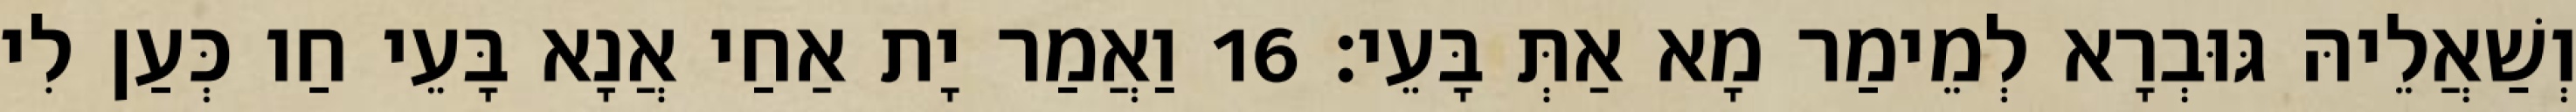
וְשַׁאֲלֵיהּ גּוּבְרָא לְמֵימַר מָא אַתְּ בָּעֵי׃ 16 וַאֲמַר יָת אַחַי אֲנָא בָּעֵי חַו כְּעַן לִי